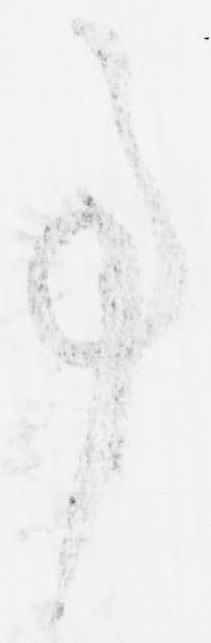
事